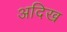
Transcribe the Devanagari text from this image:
अदिख